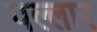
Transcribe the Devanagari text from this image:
पल्लार